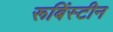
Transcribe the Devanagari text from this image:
रूबिंस्टीन